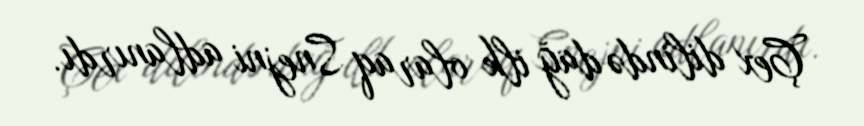
Çex dilində dağ ilk olaraq Snejni adlanırdı.